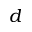
d